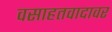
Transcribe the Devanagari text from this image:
वसाहतवादावर